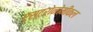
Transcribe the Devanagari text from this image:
एस्ट्रोनोमीकल